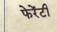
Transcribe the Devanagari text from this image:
फेरेंटी